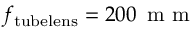
f _ { \mathrm { t u b e l e n s } } = 2 0 0 \, \textup { m m }